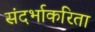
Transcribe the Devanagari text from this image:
संदर्भाकरिता